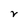
Character: v